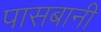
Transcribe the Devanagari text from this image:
पासबानी